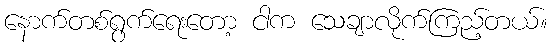
နောက်တစ်ရွက်ရေးတော့ ငါက သေချာလိုက်ကြည့်တယ်။